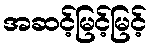
အဆင့်မြင့်မြင့်